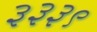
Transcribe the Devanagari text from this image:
३३३९